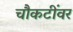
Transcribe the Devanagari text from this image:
चौकटींवर